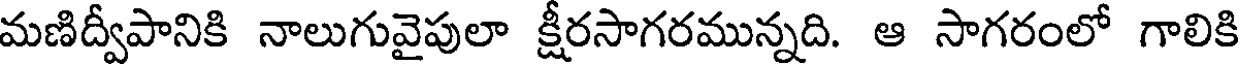
మణిద్వీపానికి నాలుగువైపులా క్షీరసాగరమున్నది. ఆ సాగరంలో గాలికి